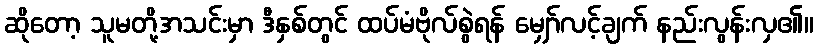
ဆိုတော့ သူမတို့အသင်းမှာ ဒီနှစ်တွင် ထပ်မံဗိုလ်စွဲရန် မျှော်လင့်ချက် နည်းလွန်းလှ၏။